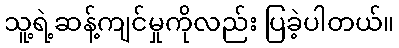
သူ့ရဲ့ဆန့်ကျင်မှုကိုလည်း ပြခဲ့ပါတယ်။